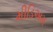
મીડિઅમ